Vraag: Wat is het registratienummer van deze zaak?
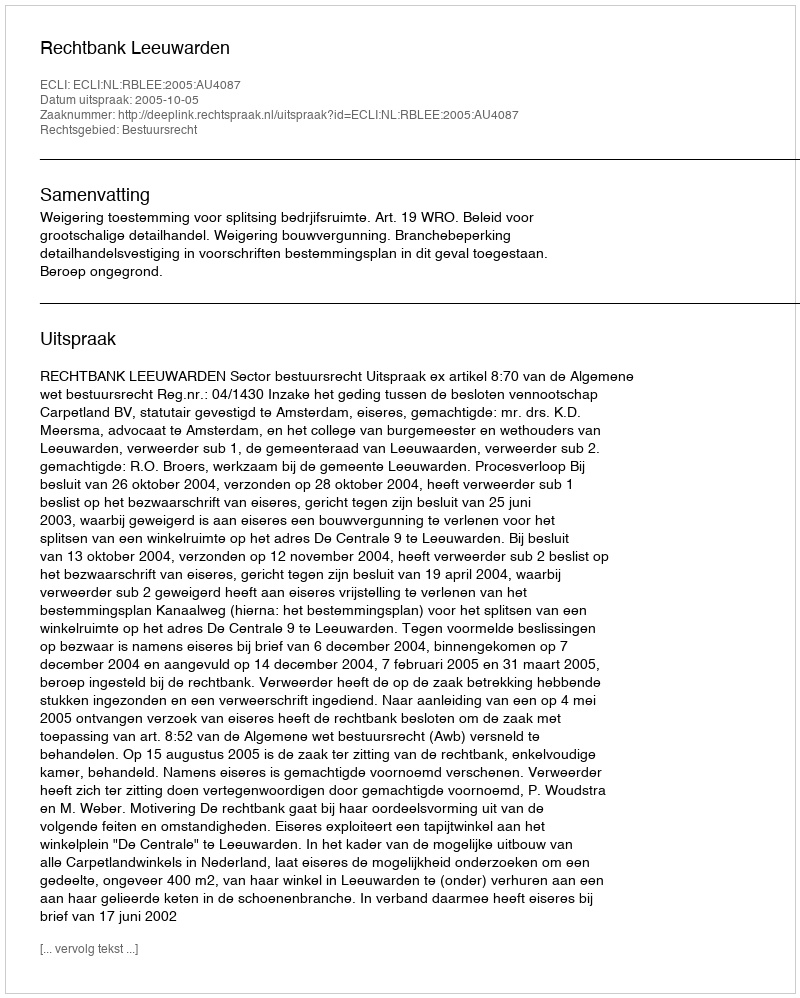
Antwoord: http://deeplink.rechtspraak.nl/uitspraak?id=ECLI:NL:RBLEE:2005:AU4087